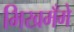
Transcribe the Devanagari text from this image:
भिखमँगे